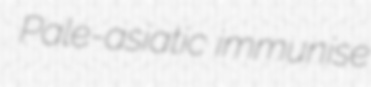
Pale-asiatic immunise